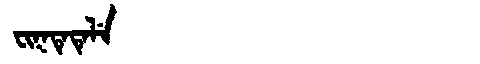
Manchu: ᠸᡳᡴᡨᡝᡨᡝᠯᡝ
Romanization: FIKTETELE